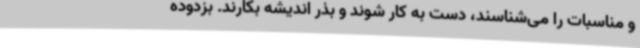
و مناسبات را می‌شناسند، دست به کار شوند و بذر اندیشه بکارند. بزدوده